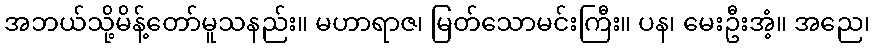
အဘယ်သို့မိန့်တော်မူသနည်း။ မဟာရာဇ၊ မြတ်သောမင်းကြီး။ ပန၊ မေးဦးအံ့။ အညေ၊